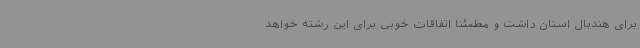
برای هندبال استان داشت و مطمئنا اتفاقات خوبی برای این رشته خواهد